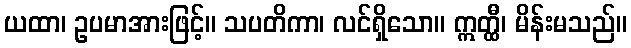
ယထာ၊ ဥပမာအားဖြင့်။ သပတိကာ၊ လင်ရှိသော။ ဣတ္ထီ၊ မိန်းမသည်။